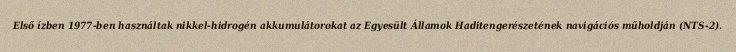
Első ízben 1977-ben használtak nikkel-hidrogén akkumulátorokat az Egyesült Államok Haditengerészetének navigációs műholdján (NTS-2).